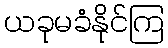
ယခုမခံနိုင်ကြ